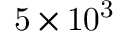
\mathrm { 5 \times 1 0 ^ { 3 } }